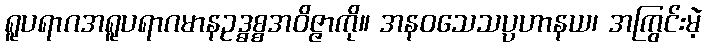
ရူပရာဂအရူပရာဂမာနဥဒ္ဓစ္စအဝိဇ္ဇာကို။ အနဝသေသပ္ပဟာနယ၊ အကြွင်းမဲ့